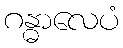
ဂန္ဓာလေပံ